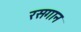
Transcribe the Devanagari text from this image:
रसगान